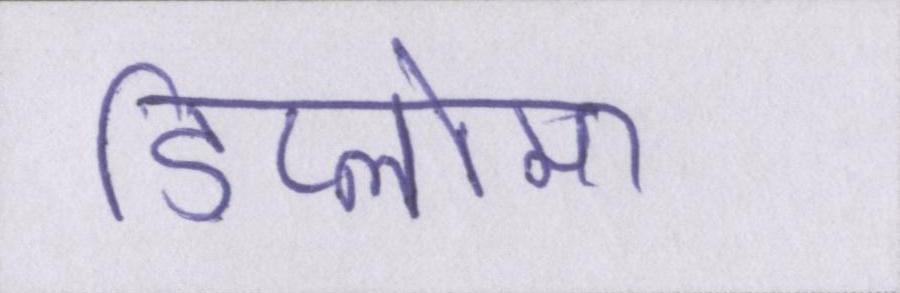
डिप्लोमा